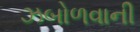
ઝબોળવાની